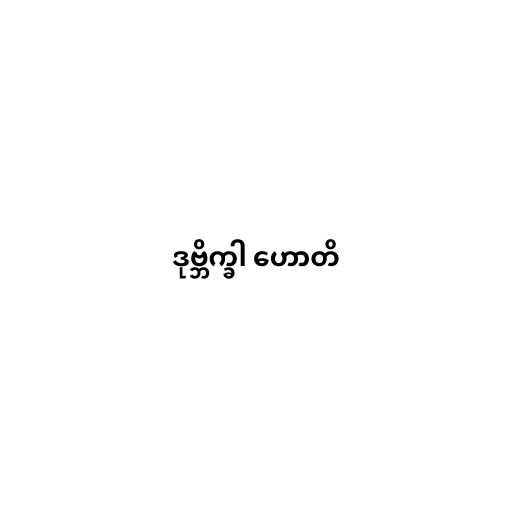
ဒုဗ္ဘိက္ခါ ဟောတိ